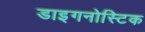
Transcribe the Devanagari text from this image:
डाइगनोस्टिक